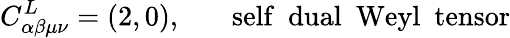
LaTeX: C_{\alpha\beta\mu\nu}^{L}=(2,0),~~~~~~~\mathrm{self~~dual~~Weyl~~tensor}